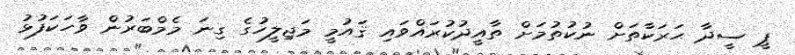
ޕީ ސީދާ ޙަރަކާތަށް ނުކުތުމަށް ތާއީދުކުރައްވައި ޤައުމީ މަޖިލީހުގެ ގިނަ މެމްބަރުން ވާހަކަފުޅު